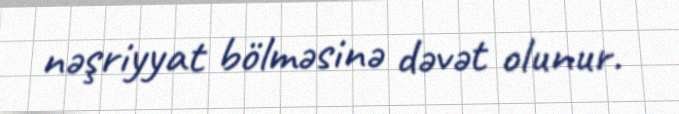
nəşriyyat bölməsinə dəvət olunur.